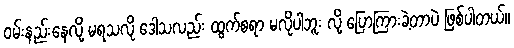
ဝမ်းနည်းနေလို့ မရသလို ဒေါသလည်း ထွက်စရာ မလိုပါဘူး လို့ ပြောကြားခဲ့တာပဲ ဖြစ်ပါတယ်။